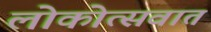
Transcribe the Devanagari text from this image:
लोकोत्सवात